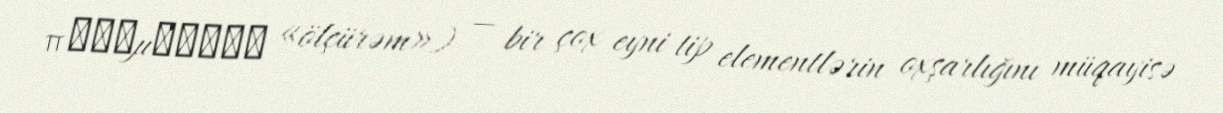
παραμετρέω «ölçürəm») — bir çox eyni tip elementlərin oxşarlığını müqayisə